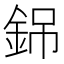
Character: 銱